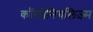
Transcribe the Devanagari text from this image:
कॉलोनियलिज़्म